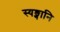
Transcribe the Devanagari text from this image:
स्यङ्गानि